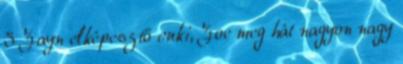
3 Zayn elképesztő cuki, Zoe meg hát nagyon nagy